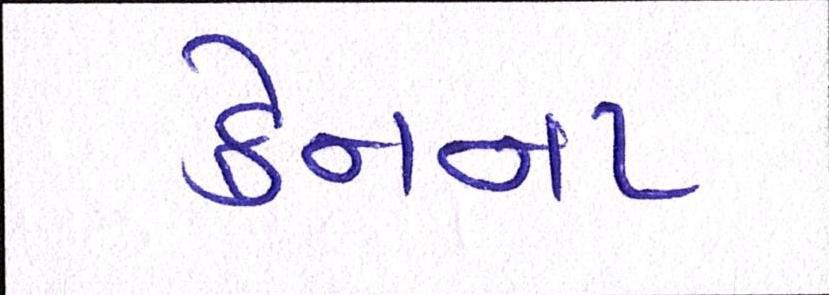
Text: ક્રેનના